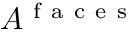
A ^ { \mathrm { ~ f ~ a ~ c ~ e ~ s ~ } }